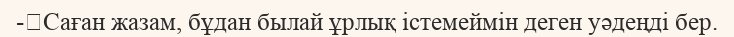
-	Саған жазам, бұдан былай ұрлық істемеймін деген уәдеңді бер.